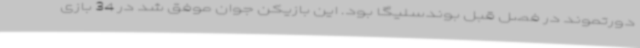
دورتموند در فصل قبل بوندسلیگا بود. این بازیکن جوان موفق شد در 34 بازی